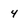
Character: 4